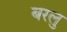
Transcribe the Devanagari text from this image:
बरलु